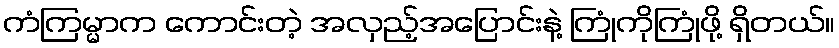
ကံကြမ္မာက ကောင်းတဲ့ အလှည့်အပြောင်းနဲ့ ကြုံကိုကြုံဖို့ ရှိတယ်။